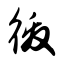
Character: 徼